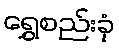
ရွှေစည်းခုံ